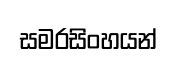
සමරසිංහයන්